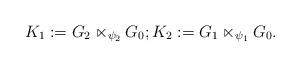
LaTeX: \begin{align*}K_1:=G_2\ltimes_{\psi_2} G_0; K_2:=G_1\ltimes_{\psi_1} G_0.\end{align*}